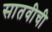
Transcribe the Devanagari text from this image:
सातवीची